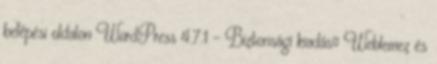
belépési oldalon WordPress 4.7.1 – Biztonsági kiadás￼ Weblemez és